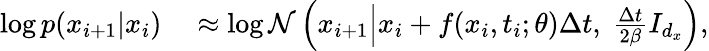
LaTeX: \begin{array}{rl}{\log p(x_{i+1}|x_{i})}&{{}\approx\log\mathcal{N}\left(x_{i+1}\middle|x_{i}+f(x_{i},t_{i};\theta)\Delta t,\ \frac{\Delta t}{2\beta}I_{d_{x}}\right),}\end{array}